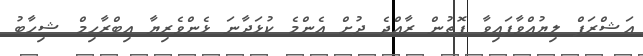
އަޝްރަފް ލިޔުއްވާފައިވާ ފޮތުން ރާއްޖެ ދުށް އެންމެ ކުޅަދާނަ ޅެންވެރިޔާ އިބްރާހިމް ޝިހާބު